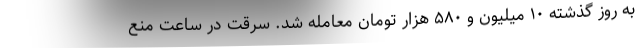
به روز گذشته ۱۰ میلیون و ۵۸۰ هزار تومان معامله شد. سرقت در ساعت منع